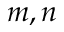
m , n